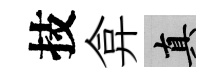
技弇真